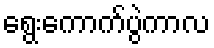
ရွေးကောက်ပွဲကာလ